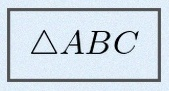
\triangle ABC